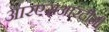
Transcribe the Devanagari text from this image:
आरएसआरटीसी